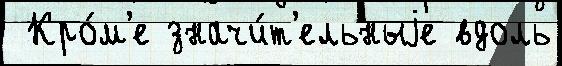
 Кро́м'е значи́т'ельныjе вдоль